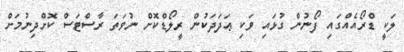
ލަކީ ޑްރޯއެއްގައި ފޯނުން ގުޅައި ވަކި ޢަދަދަކުން ރީލޯޑްކޮށް ނުވަތަ ރާސްޓަސް ކޮށްދިނުމަށް